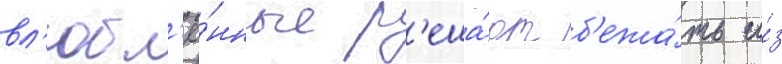
вл'юбл'ё́нные р'еша́ют б'ежа́ть и́з